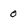
Character: 0